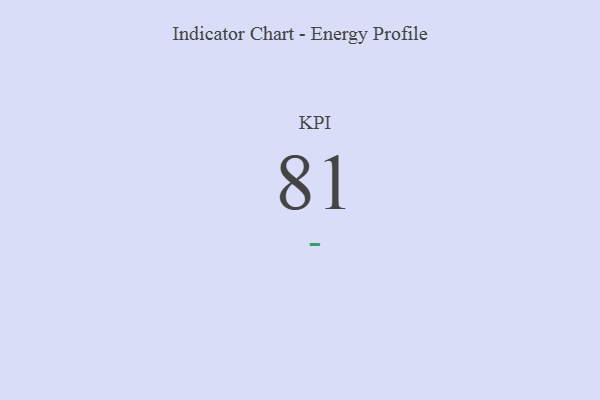
{"axis": {"x": "KPI", "y": "Value"}, "legend": [""], "data": [{"x": "KPI", "y": 81, "type": ""}]}